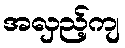
အလှည့်ကျ